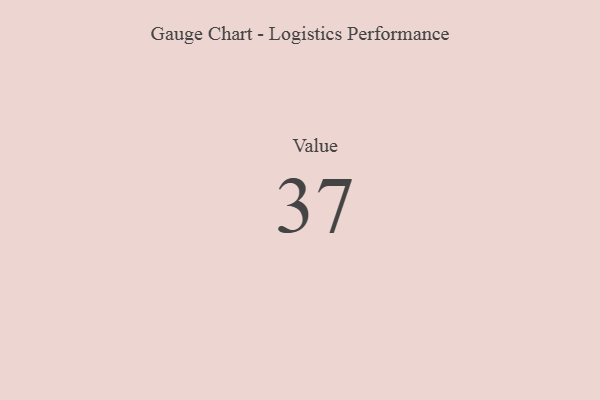
{"axis": {"x": "Metric", "y": "Value"}, "legend": [""], "data": [{"x": "Value", "y": 37, "type": ""}]}